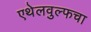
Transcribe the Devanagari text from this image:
एथेलवुल्फचा